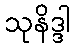
သုနိဒ္ဒါ